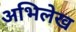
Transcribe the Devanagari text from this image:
अभिलेख